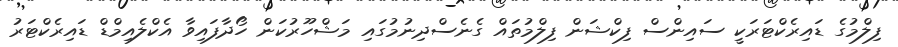
ފިލްމުގެ ޑައިރެކްޓަރަކީ ސައިންސް ފިކްޝަން ފިލްމުތައް ގެނެސްދިނުމުގައި މަޝްހޫރުކަން ހޯދާފައިވާ އެކްލެއިމްޑް ޑައިރެކްޓަރު